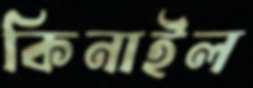
কিনাইল